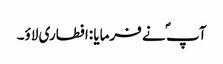
آپ ؐ نے فرمایا :افطاری لاؤ۔